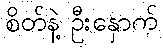
စိတ်နဲ့ ဦးနှောက်